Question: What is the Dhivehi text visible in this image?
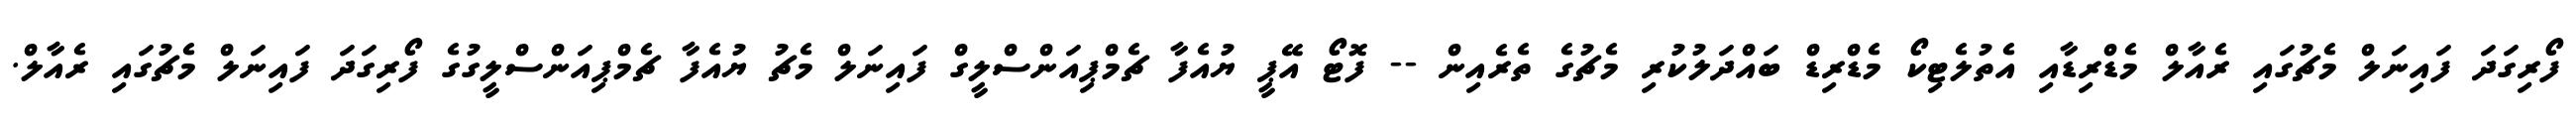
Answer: ފޯރިގަދަ ފައިނަލް މެޗުގައި ރެއާލް މެޑްރިޑާއި އެތުލެޓިކޯ މެޑްރިޑް ބައްދަލުކުރި މެޗުގެ ތެރެއިން -- ފޮޓޯ އޭޕީ ޔުއެފާ ޗެމްޕިއަންސްލީގް ފައިނަލް މެޗު ޔުއެފާ ޗެމްޕިއަންސްލީގުގެ ފޯރިގަދަ ފައިނަލް މެޗުގައި ރެއާލް.